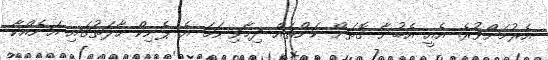
އެރުމަށްވުރެ. އެއީ އެބުނާ ގޮތަށް ކަންތައް ދިމާވިނަމަ އެ ޕެނިކް ހާލަތުގައި އަނެއްކާ